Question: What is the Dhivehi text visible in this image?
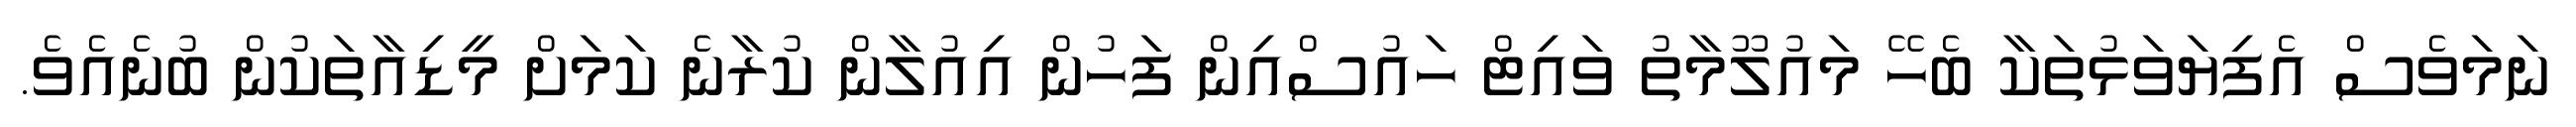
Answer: ނަމަވެސް އެފިޔަވަޅުތަކާ ބެހޭ މައުލޫމާތު ވައިޓް ހައުސްއިން ފަހުން އިއުލާން ކުރާނެ ކަމަށް މީޑިއާތަކުން ބުނެއެވެ.